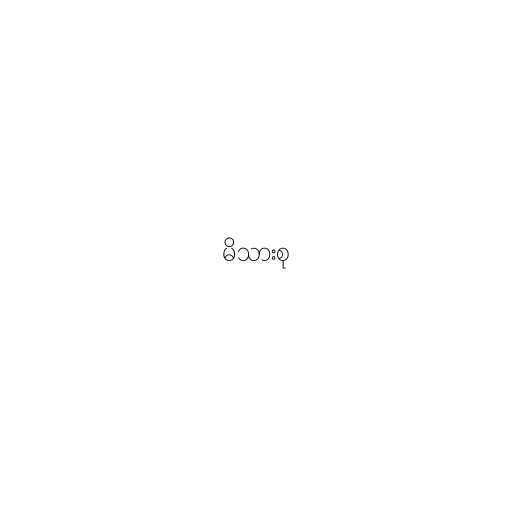
မိသားစု